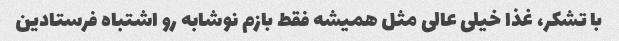
با تشکر، غذا خیلی عالی مثل همیشه فقط بازم نوشابه رو اشتباه فرستادین